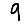
Digit: 9